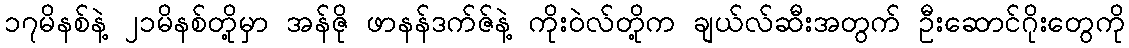
၁၇မိနစ်နဲ့ ၂၁မိနစ်တို့မှာ အန်ဇို ဖာနန်ဒက်ဇ်နဲ့ ကိုးဝဲလ်တို့က ချယ်လ်ဆီးအတွက် ဦးဆောင်ဂိုးတွေကို